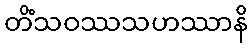
တိံသဝဿသဟဿာနိ